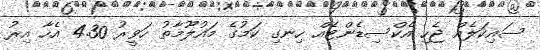
ސައިކަލެއް ޖެހި އެކްސިޑެންޓެއް ހިނގި ކަމުގެ މައުލޫމާތު ހަވީރު 4.30 އެހާ އިރު